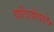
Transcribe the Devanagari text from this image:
यात्रियोंवाले